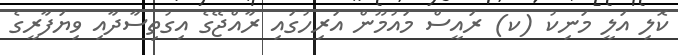
ކޮލި އަލީ މަނިކު (ކ) ރައީސް މައުމޫން އަރިހުގައި ރާއްޖޭގެ އިގުތިސާދާއި ވިޔަފާރީގެ